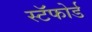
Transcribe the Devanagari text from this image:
स्टॅफोर्ड